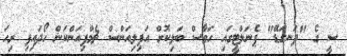
ސީ ގެ "ދަނގަޑޭ" ޕެނަލްޓީގައި ހަވާސް ބަލިކޮށް އަފިލިއަންސް ޗެމްޕިއަންކަން ހޯދައިފި ރިހަ